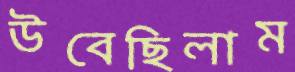
উবেছিলাম